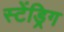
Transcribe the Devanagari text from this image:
स्टेंड्रिग